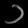
Digit: ၁